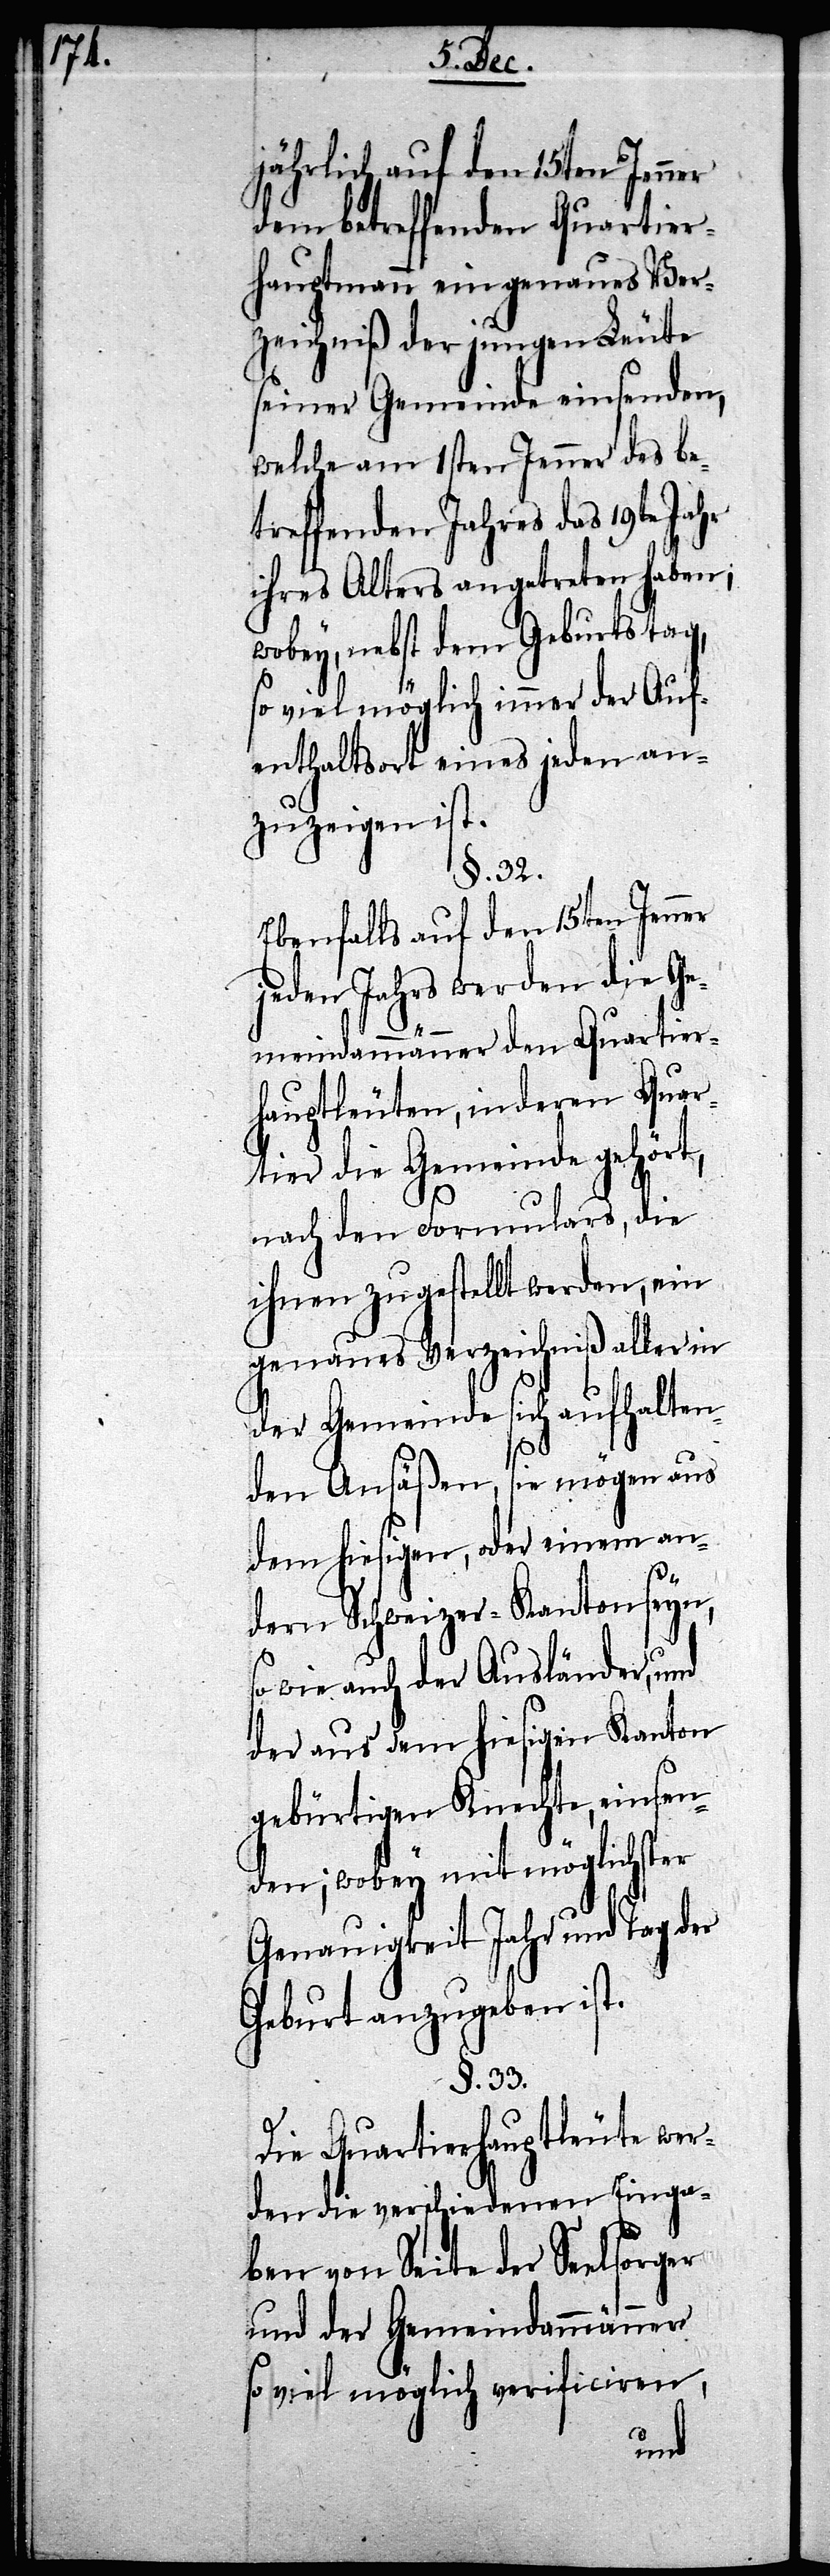
jährlich auf den 15ten Jenner
dem betreffenden Quartier¬
hauptmann ein genaues Ver¬
zeichniß der jungen Leute
seiner Gemeinde einsenden,
welche am 1sten Jenner des be¬
treffenden Jahres das 19te Jahr
ihres Alters angetreten haben;
wobey, nebst dem Geburtstag,
so viel möglich immer der Auf¬
enthaltsort eines jeden an¬
zuzeigen ist.
§. 32.
Ebenfalls auf den 15ten Jenner
jeden Jahres werden die Ge¬
meindammänner den Quartier¬
hauptmann, in deren Quar¬
tier die Gemeinde gehört,
nach den Formulars, die
ihnen zugestellt werden, ein
genaues Verzeichniß aller in
der Gemeinde sich aufhalten¬
den Ansäßen, sie mögen aus
dem hiesigen, oder einem an¬
dern Schweizer-Kanton seyn,
so wie auch der Ausländer, und
der aus dem hiesigen Kanton
gebürtigen Knechte, einsen¬
den; wobey mit möglichster
Genauigkeit Jahr und Tag der
Geburt anzugeben ist.
§. 33.
Die Quartierhauptleute wer¬
den die verschiedenen Einga¬
ben von Seite der Seelsorger
und der Gemeindammänner
so viel möglich verificiren,